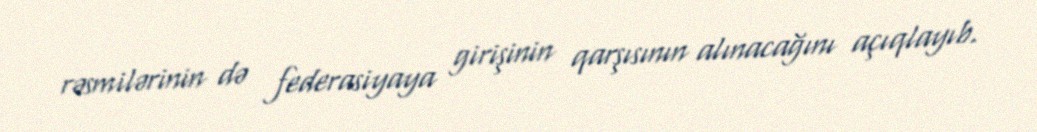
rəsmilərinin də federasiyaya girişinin qarşısının alınacağını açıqlayıb.